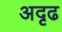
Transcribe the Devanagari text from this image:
अदृढ